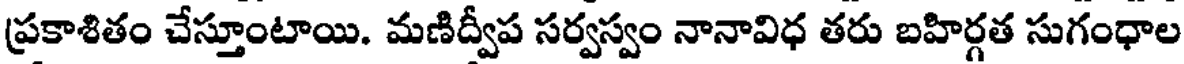
ప్రకాశితం చేస్తూంటాయి. మణిద్వీప సర్వస్వం నానావిధ తరు బహిర్గత సుగంధాల